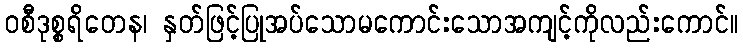
ဝစီဒုစ္စရိတေန၊ နှတ်ဖြင့်ပြုအပ်သောမကောင်းသောအကျင့်ကိုလည်းကောင်။